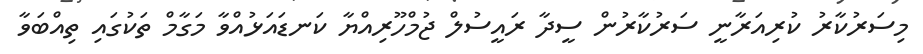
މިސަރުކާރު ކުރިއަރާނީ ސަރުކާރުން ސީދާ ރައީސުލް ޖުމްހޫރިއްޔާ ކަނޑައަޅުއްވާ މަގާމް ތަކުގައި ތިއްބަވާ